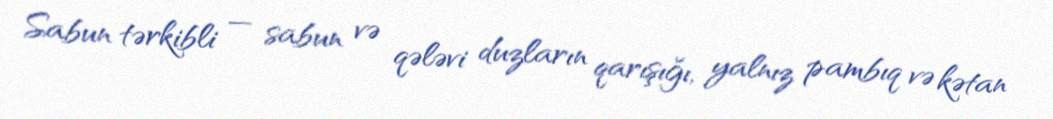
Sabun tərkibli — sabun və qələvi duzların qarışığı, yalnız pambıq və kətan